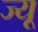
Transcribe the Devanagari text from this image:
ज्‍यू